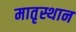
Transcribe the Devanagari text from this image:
मातृस्थान